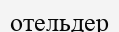
отельдер